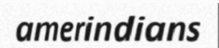
amerindians